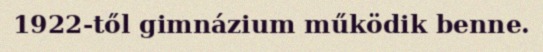
1922-től gimnázium működik benne.